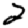
Digit: 2